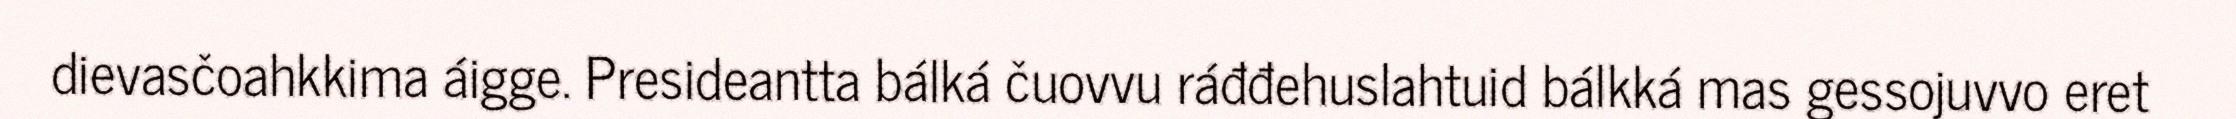
dievasčoahkkima áigge. Presideantta bálká čuovvu ráđđehuslahtuid bálkká mas gessojuvvo eret